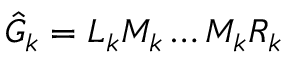
\hat { G } _ { k } = L _ { k } M _ { k } \ldots M _ { k } R _ { k }